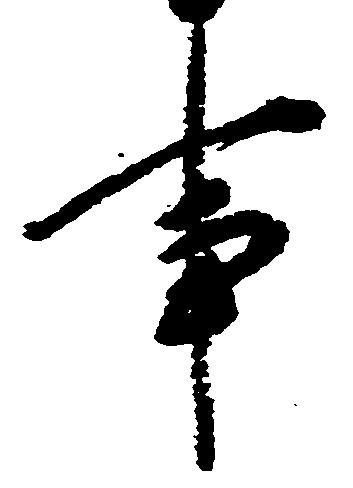
事